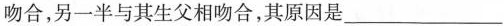
吻合，另一半与其生父相吻合，其原因是________